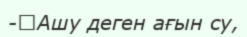
-	Ашу деген ағын су,